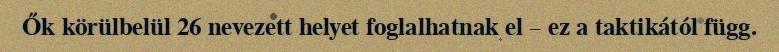
Ők körülbelül 26 nevezett helyet foglalhatnak el – ez a taktikától függ.